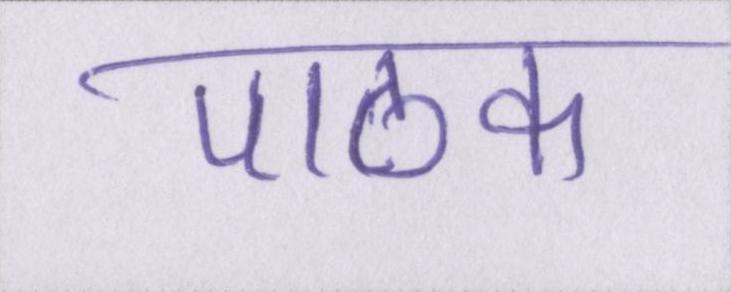
पाठक